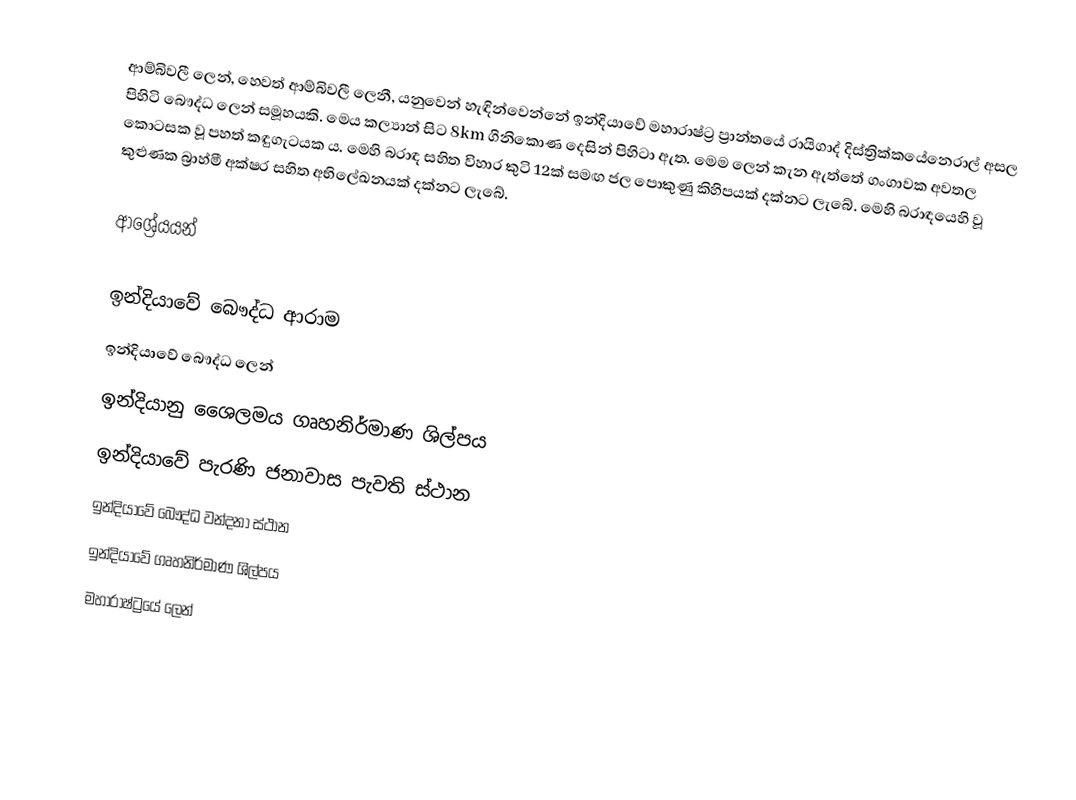
ආම්බිවලී ලෙන්, හෙවත් ආම්බිවලී ලෙනී, යනුවෙන් හැඳින්වෙන්නේ ඉන්දියාවේ මහාරාෂ්ට්‍ර ප්‍රාන්තයේ රායිගාද් දිස්ත්‍රික්කයේනෙරාල් අසල පිහිටි බෞද්ධ ලෙන් සමූහයකි. මෙය කල්‍යාන් සිට 8km ගිනිකොණ දෙසින් පිහිටා ඇත. මෙම ලෙන් කැන ඇත්තේ ගංගාවක අවතල කොටසක වූ පහත් කඳුගැටයක ය. මෙහි බරාඳ සහිත විහාර කුටි 12ක් සමඟ ජල පොකුණු කිහිපයක් දක්නට ලැබේ. මෙහි බරාඳයෙහි වූ කුළුණක බ්‍රාහ්මී අක්ෂර සහිත අභිලේඛනයක් දක්නට ලැබේ.

ආශ්‍රේයයන්

ඉන්දියාවේ බෞද්ධ ආරාම
ඉන්දියාවේ බෞද්ධ ලෙන්
ඉන්දියානු ශෛලමය ගෘහනිර්මාණ ශිල්පය
ඉන්දියාවේ පැරණි ජනාවාස පැවති ස්ථාන
ඉන්දියාවේ බෞද්ධ වන්දනා ස්ථාන
ඉන්දියාවේ ගෘහනිර්මාණ ශිල්පය
මහාරාෂ්ට්‍රයේ ලෙන්